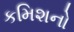
કમિશનો